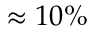
\approx 1 0 \%